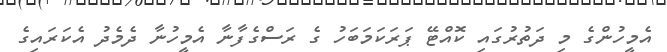
އެމީހުންގެ މި ދަތުރުގައި ކޮއްޓޭ ޕަރަކަމަބަހު ގެ ރަސްގެފާނާ އެމީހުނާ ދެމެދު އެކަރައިގެ